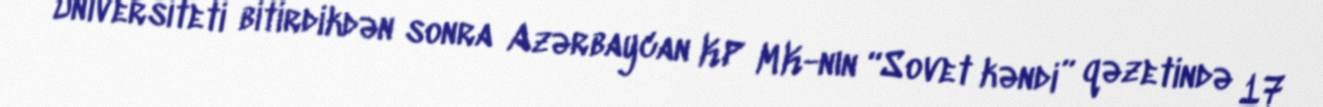
Universiteti bitirdikdən sonra Azərbaycan KP MK-nın “Sovet kəndi” qəzetində 17